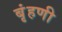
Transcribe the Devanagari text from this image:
बृंहणी